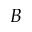
B